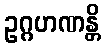
ဥဂ္ဂဟဏန္တိ